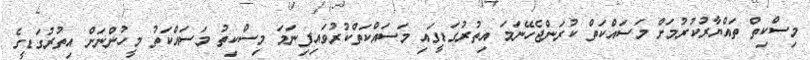
މިސްކިތް ތައްޔާރުކުރުމަށް މަސައްކަތް ކުރަންޖެހޭނަމަ އިތުރުގަޑީގައި މަސައްކަތްކުރުވައިފިނަމަ މިސްކިތު މަސައްކަތު މީހުންނަށް އިތުރުގަޑީގެ